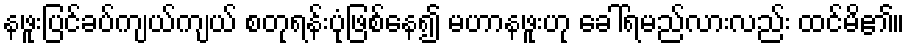
နဖူးပြင်ခပ်ကျယ်ကျယ် စတုရန်းပုံဖြစ်နေ၍ မဟာနဖူးဟု ခေါ်ရမည်လားလည်း ထင်မိ၏။